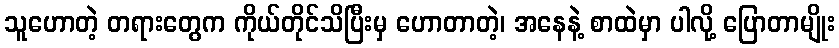
သူဟောတဲ့ တရားတွေက ကိုယ်တိုင်သိပြီးမှ ဟောတာတဲ့၊ အနေနဲ့ စာထဲမှာ ပါလို့ ပြောတာမျိုး